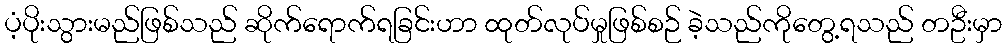
ပံ့ပိုးသွားမည်ဖြစ်သည် ဆိုက်ရောက်ရခြင်းဟာ ထုတ်လုပ်မှုဖြစ်စဉ် ခဲ့သည်ကိုတွေ့ရသည် တဦးမှာ